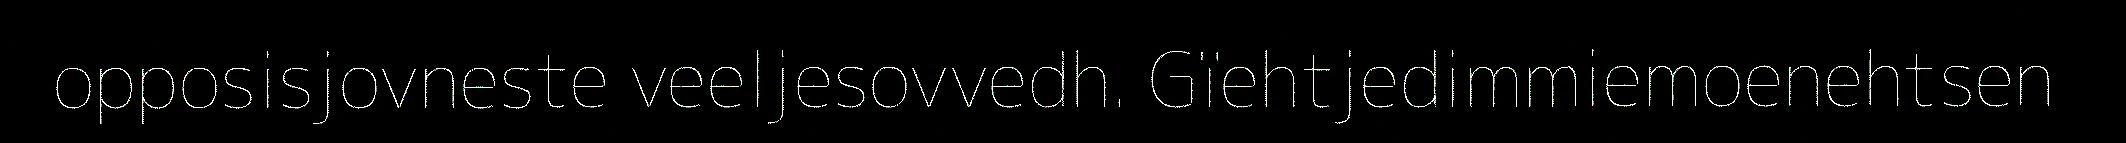
opposisjovneste veeljesovvedh. Gïehtjedimmiemoenehtsen